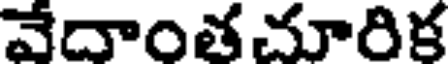
వేదాంతచూరిక